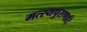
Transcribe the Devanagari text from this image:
मत्स्यपुराणादि